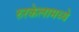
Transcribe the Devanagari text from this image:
रुरकेलामध्ये